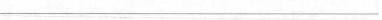
___